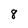
Character: 8